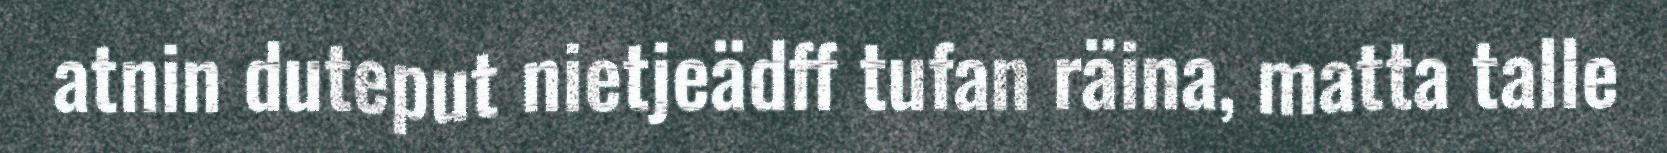
atnin duteput nietjeädff tufan räina, matta talle